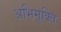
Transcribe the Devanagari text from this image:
अभिमुक्ति